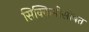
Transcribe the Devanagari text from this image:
सिक्किमीसोबत